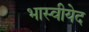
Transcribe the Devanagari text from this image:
भास्वीयेद